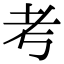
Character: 考